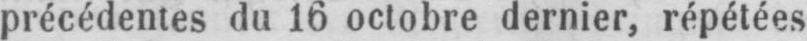
précédentes du 16 octobre dernier, répétées